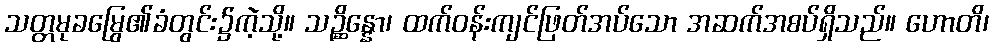
သတ္တမုခမြွေ၏ခံတွင်း၌ကဲ့သို့။ သဉ္ဆိန္နော၊ ထက်ဝန်းကျင်ဖြတ်အပ်သော အဆက်အစပ်ရှိသည်။ ဟောတိ၊